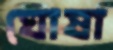
ঘোষা